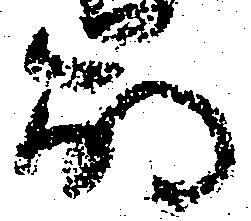
崩